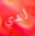
لدي